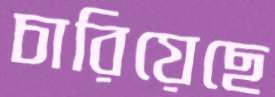
চারিয়েছে